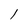
Character: l